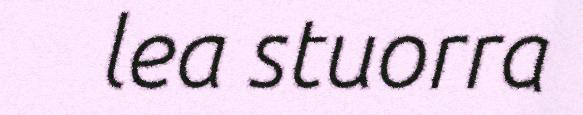
lea stuorra